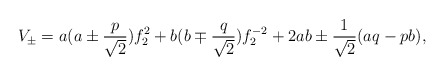
\begin{align*}V_{\pm}=a(a\pm \frac{p}{\sqrt{2}})f^2_2+b(b\mp\frac{q}{\sqrt{2}})f^{-2}_2 + 2a b\pm\frac{1}{\sqrt{2}}(a q-p b),\end{align*}